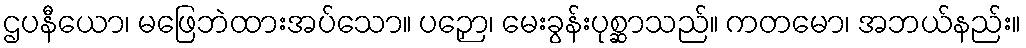
ဌပနီယော၊ မဖြေဘဲထားအပ်သော။ ပဉှော၊ မေးခွန်းပုစ္ဆာသည်။ ကတမော၊ အဘယ်နည်း။